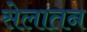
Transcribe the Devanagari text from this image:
सेलातन